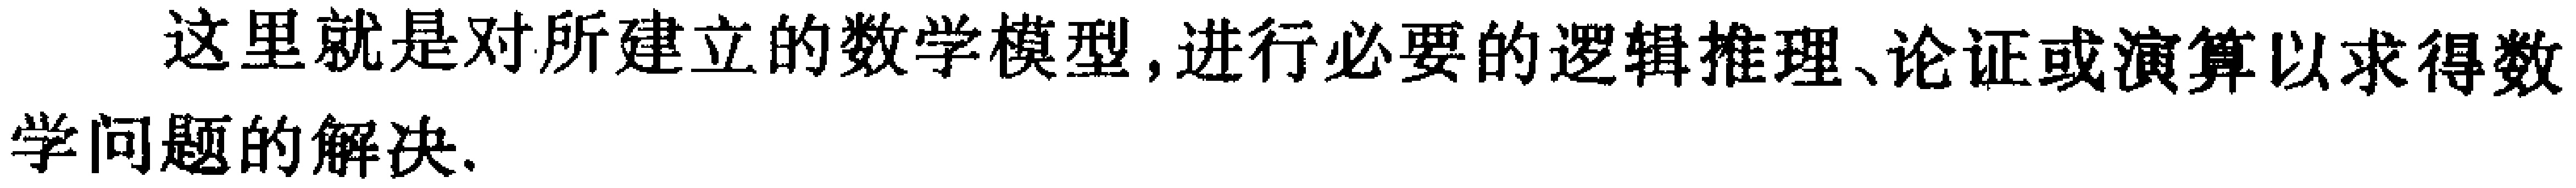
这里就是对所建立的数学模型, 进行必要的逻辑推理、论证或演算以求得数学问题的解决.